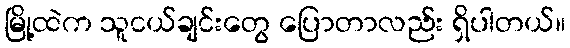
မြို့ထဲက သူငယ်ချင်းတွေ ပြောတာလည်း ရှိပါတယ်။